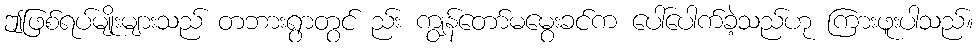
ဤဖြစ်ရပ်မျိုးများသည် တဘားရွာတွင် ည်း ကျွန်တော်မမွေးခင်က ပေါ်ပေါက်ခဲ့သည်ဟု ကြားဖူးပါသည်။